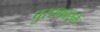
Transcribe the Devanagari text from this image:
पुरस्कारके